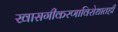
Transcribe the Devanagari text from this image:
खासगीकरणाविरोधातही